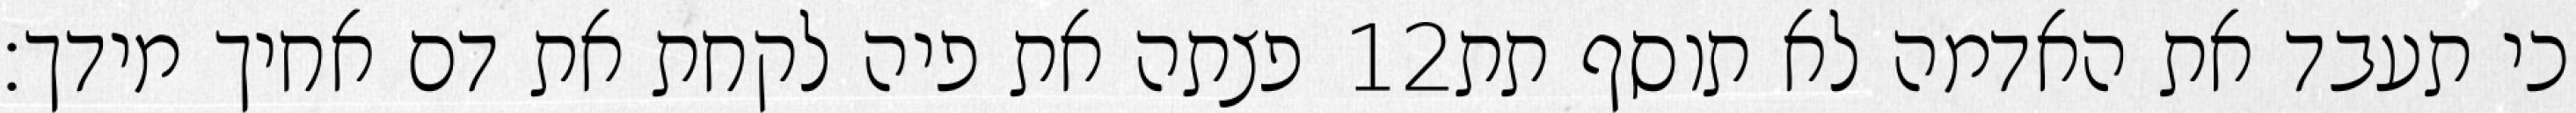
פצתה את פיה לקחת את דם אחיך מידך׃ ‎12‏ כי תעבד את האדמה לא תוסף תת